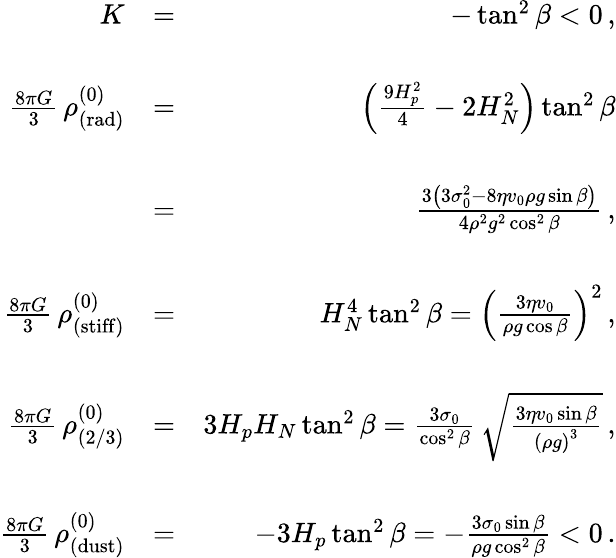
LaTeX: \begin{array}{rlr}{K}&{=}&{-\tan^{2}\beta<0\, ,}\\ &{}&\\ {\frac{8\pi G}{3}\, \rho_{\mathrm{(rad)}}^{(0)}}&{=}&{\left(\frac{9H_{p}^{2}}{4}-2H_{N}^{2}\right)\tan^{2}\beta}\\ &{}&\\ &{=}&{\frac{3\left(3\sigma_{0}^{2}-8\eta v_{0}\rho g\sin\beta\right)}{4\rho^{2}g^{2}\cos^{2}\beta}\, ,}\\ &{}&\\ {\frac{8\pi G}{3}\, \rho_{\mathrm{(stiff)}}^{(0)}}&{=}&{H_{N}^{4}\tan^{2}\beta=\left(\frac{3\eta v_{0}}{\rho g\cos\beta}\right)^{2}\, ,}\\ &{}&\\ {\frac{8\pi G}{3}\, \rho_{(2/3)}^{(0)}}&{=}&{3H_{p}H_{N}\tan^{2}\beta=\frac{3\sigma_{0}}{\cos^{2}\beta}\, \sqrt{\frac{3\eta v_{0}\sin\beta}{\left(\rho g\right)^{3}}}\, ,}\\ &{}&\\ {\frac{8\pi G}{3}\, \rho_{\mathrm{(dust)}}^{(0)}}&{=}&{-3H_{p}\tan^{2}\beta=-\frac{3\sigma_{0}\sin\beta}{\rho g\cos^{2}\beta}<0\, .}\end{array}